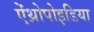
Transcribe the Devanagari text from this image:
ऐंथ्रोपोइडिया